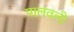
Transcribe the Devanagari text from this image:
पालवली